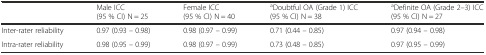
<table><thead><tr><td></td><td><b>Male ICC (95 % CI) N = 25</b></td><td><b>Female ICC (95 % CI) N = 40</b></td><td><b><sup>a</sup>Doubtful OA (Grade 1) ICC (95 % CI) N = 38</b></td><td><b><sup>a</sup>Definite OA (Grade 2–3) ICC (95 % CI) N = 27</b></td></tr></thead><tbody><tr><td>Inter-rater reliability</td><td>0.97 (0.93 – 0.98)</td><td>0.98 (0.97 – 0.99)</td><td>0.71 (0.44 – 0.85)</td><td>0.97 (0.94 – 0.98)</td></tr><tr><td>Intra-rater reliability</td><td>0.98 (0.95 – 0.99)</td><td>0.98 (0.97 – 0.99)</td><td>0.73 (0.48 – 0.85)</td><td>0.97 (0.95 – 0.99)</td></tr></tbody></table>